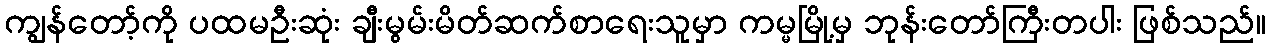
ကျွန်တော့်ကို ပထမဦးဆုံး ချီးမွမ်းမိတ်ဆက်စာရေးသူမှာ ကမ္မမြို့မှ ဘုန်းတော်ကြီးတပါး ဖြစ်သည်။